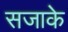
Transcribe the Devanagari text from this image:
सजाके